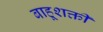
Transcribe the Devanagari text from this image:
बाहूशक्ती